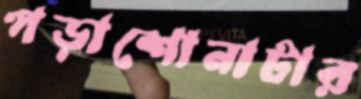
পড়াশোনাটার